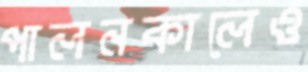
পালনকালেও